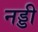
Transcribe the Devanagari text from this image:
नड्डी